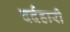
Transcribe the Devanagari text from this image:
दर्दहारी